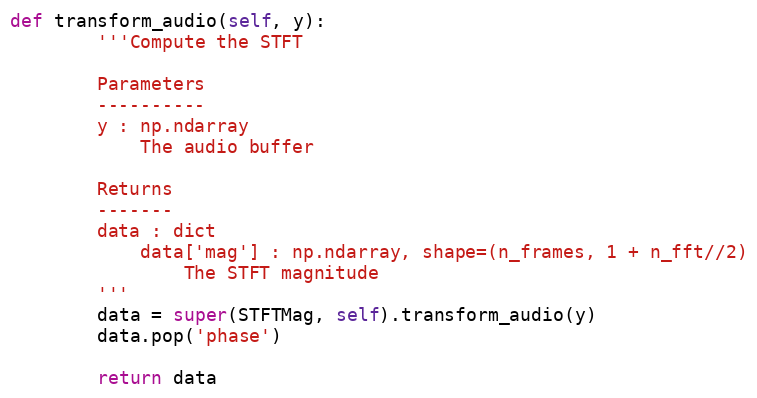
Language: Python
def transform_audio(self, y):
        '''Compute the STFT

        Parameters
        ----------
        y : np.ndarray
            The audio buffer

        Returns
        -------
        data : dict
            data['mag'] : np.ndarray, shape=(n_frames, 1 + n_fft//2)
                The STFT magnitude
        '''
        data = super(STFTMag, self).transform_audio(y)
        data.pop('phase')

        return data